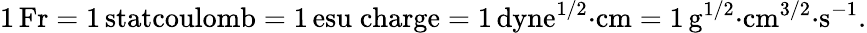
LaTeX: \mathrm{1\, Fr=1\, statcoulomb=1\, esu\; charge=1\, dyne^{1/2}{\cdot}cm=1\, g^{1/2}{\cdot}cm^{3/2}{\cdot}s^{-1}}.